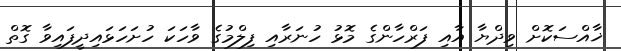
ޚާއްސަކޮށް ވިދްޔާ އާއި ފަރްހާންގެ މޮޅު ހުނަރާއި ފިލްމުގެ ވާހަކަ ހުށަހަޅައިދީފައިވާ ގޮތް